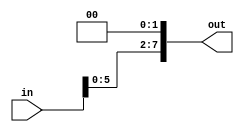
module shift_left_2(in, out);
    input [7:0] in;
    output [7:0] out;

    reg one = 1'b1, zero = 1'b0;

    and and_1(out[0], zero);
    and and_2(out[1], zero);
    and and_3(out[2], in[0], one);
    and and_4(out[3], in[1], one);
    and and_5(out[4], in[2], one);
    and and_6(out[5], in[3], one);
    and and_7(out[6], in[4], one);
    and and_8(out[7], in[5], one);

endmodule

module test_shift_left_2();
    reg [7:0] in;
    wire [7:0] out;

    shift_left_2 s(in, out);

    initial begin
        #10 in = 8'b00111111;
        #100 in = 8'b10010010;
        #100 $stop; 
    end
endmodule